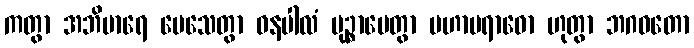
ကတွာ အဘိမာရေ ပေသေတွာ ဓနပါလံ မုဉ္စာပေတွာ မဟာပရာဓော ဟုတွာ ဘဂဝတော